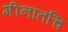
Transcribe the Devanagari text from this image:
मीनातचि